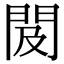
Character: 𨳛